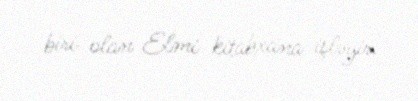
biri olan Elmi kitabxana işləyir.